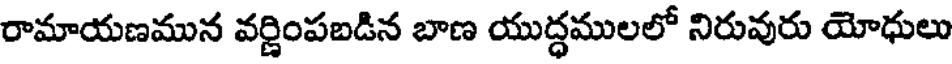
రామాయణమున వర్ణింపబడిన బాణ యుద్ధములలో నిరువురు యోధులు